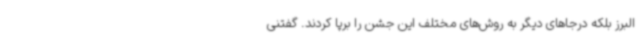
البرز بلکه درجاهای دیگر به روش‌های مختلف این جشن را برپا کردند. گفتنی